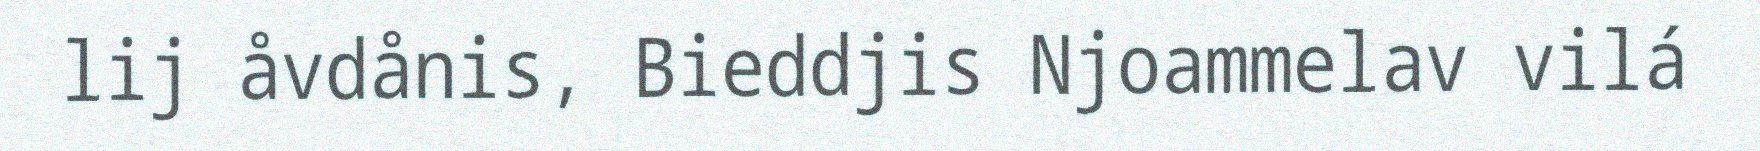
lij åvdånis, Bieddjis Njoammelav vilá